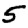
Digit: 5